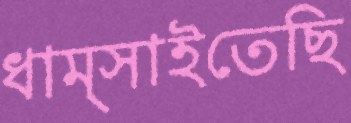
ধাম্‌সাইতেছি